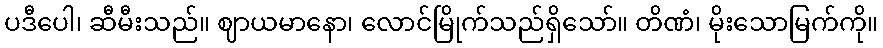
ပဒီပေါ၊ ဆီမီးသည်။ ဈာယမာနော၊ လောင်မြိုက်သည်ရှိသော်။ တိဏံ၊ မိုးသောမြက်ကို။